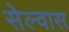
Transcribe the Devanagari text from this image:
सेल्वास